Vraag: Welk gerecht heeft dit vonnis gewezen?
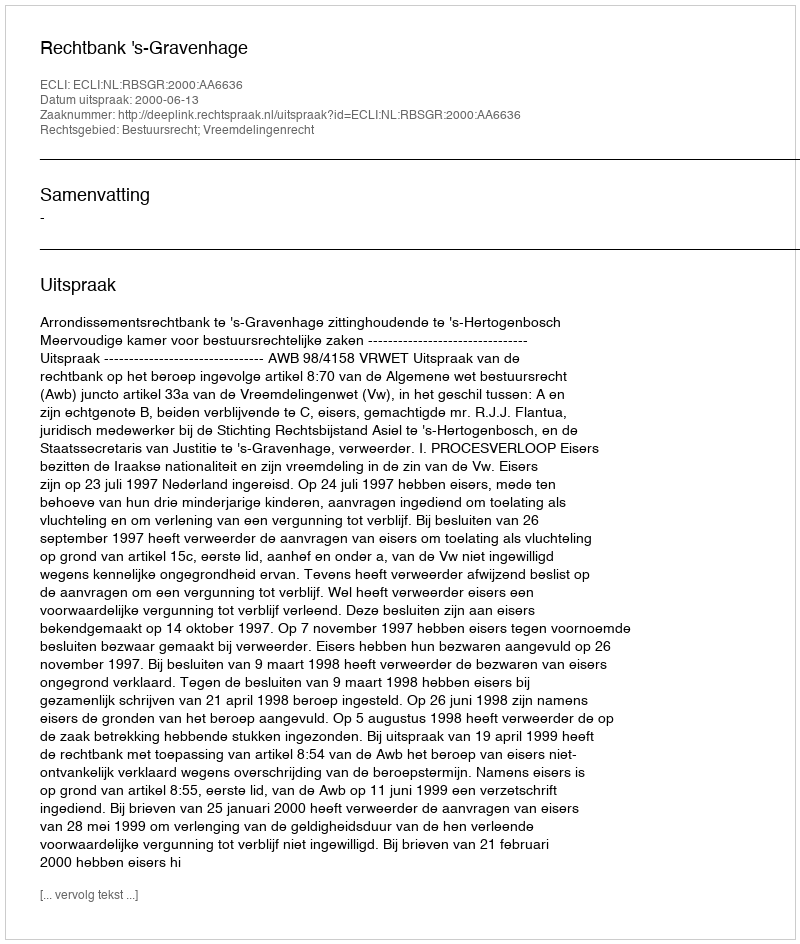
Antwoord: Rechtbank 's-Gravenhage